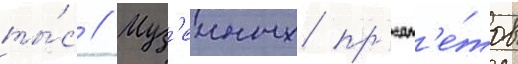
ты́с // Муз'еиных пр'едм'е́тов